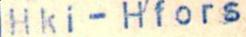
Hki - Hfors